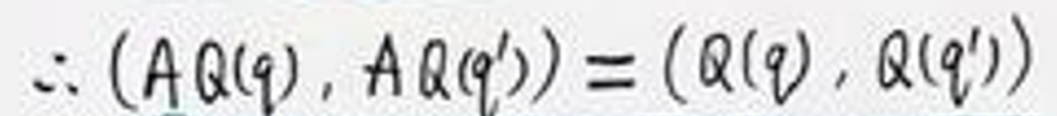
$\therefore (A\Omega(q),A\Omega(q')) = (\Omega(q),\Omega(q'))$